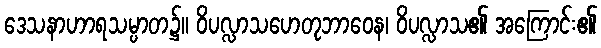
ဒေသနာဟာရသမ္ပာတ၌။ ဝိပလ္လာသဟေတုဘာဝေန၊ ဝိပလ္လာသ၏ အကြောင်း၏